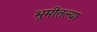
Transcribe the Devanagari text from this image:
भूमीतल्या